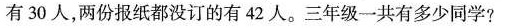
有30人，两份报纸斗没订的有42人。三年级一共有多少同学？